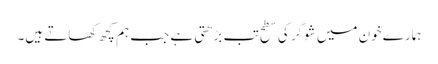
ہمارے خون میں شوگر کی سطح تب بڑھتی ہے جب ہم کچھ کھاتے ہیں۔